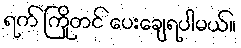
ရက် ကြိုတင် ပေးချေရပါမယ်။